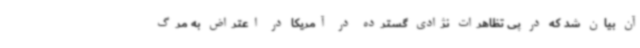
آن بیان شد که در پی تظاهرات نژادی گسترده در آمریکا در اعتراض به مرگ